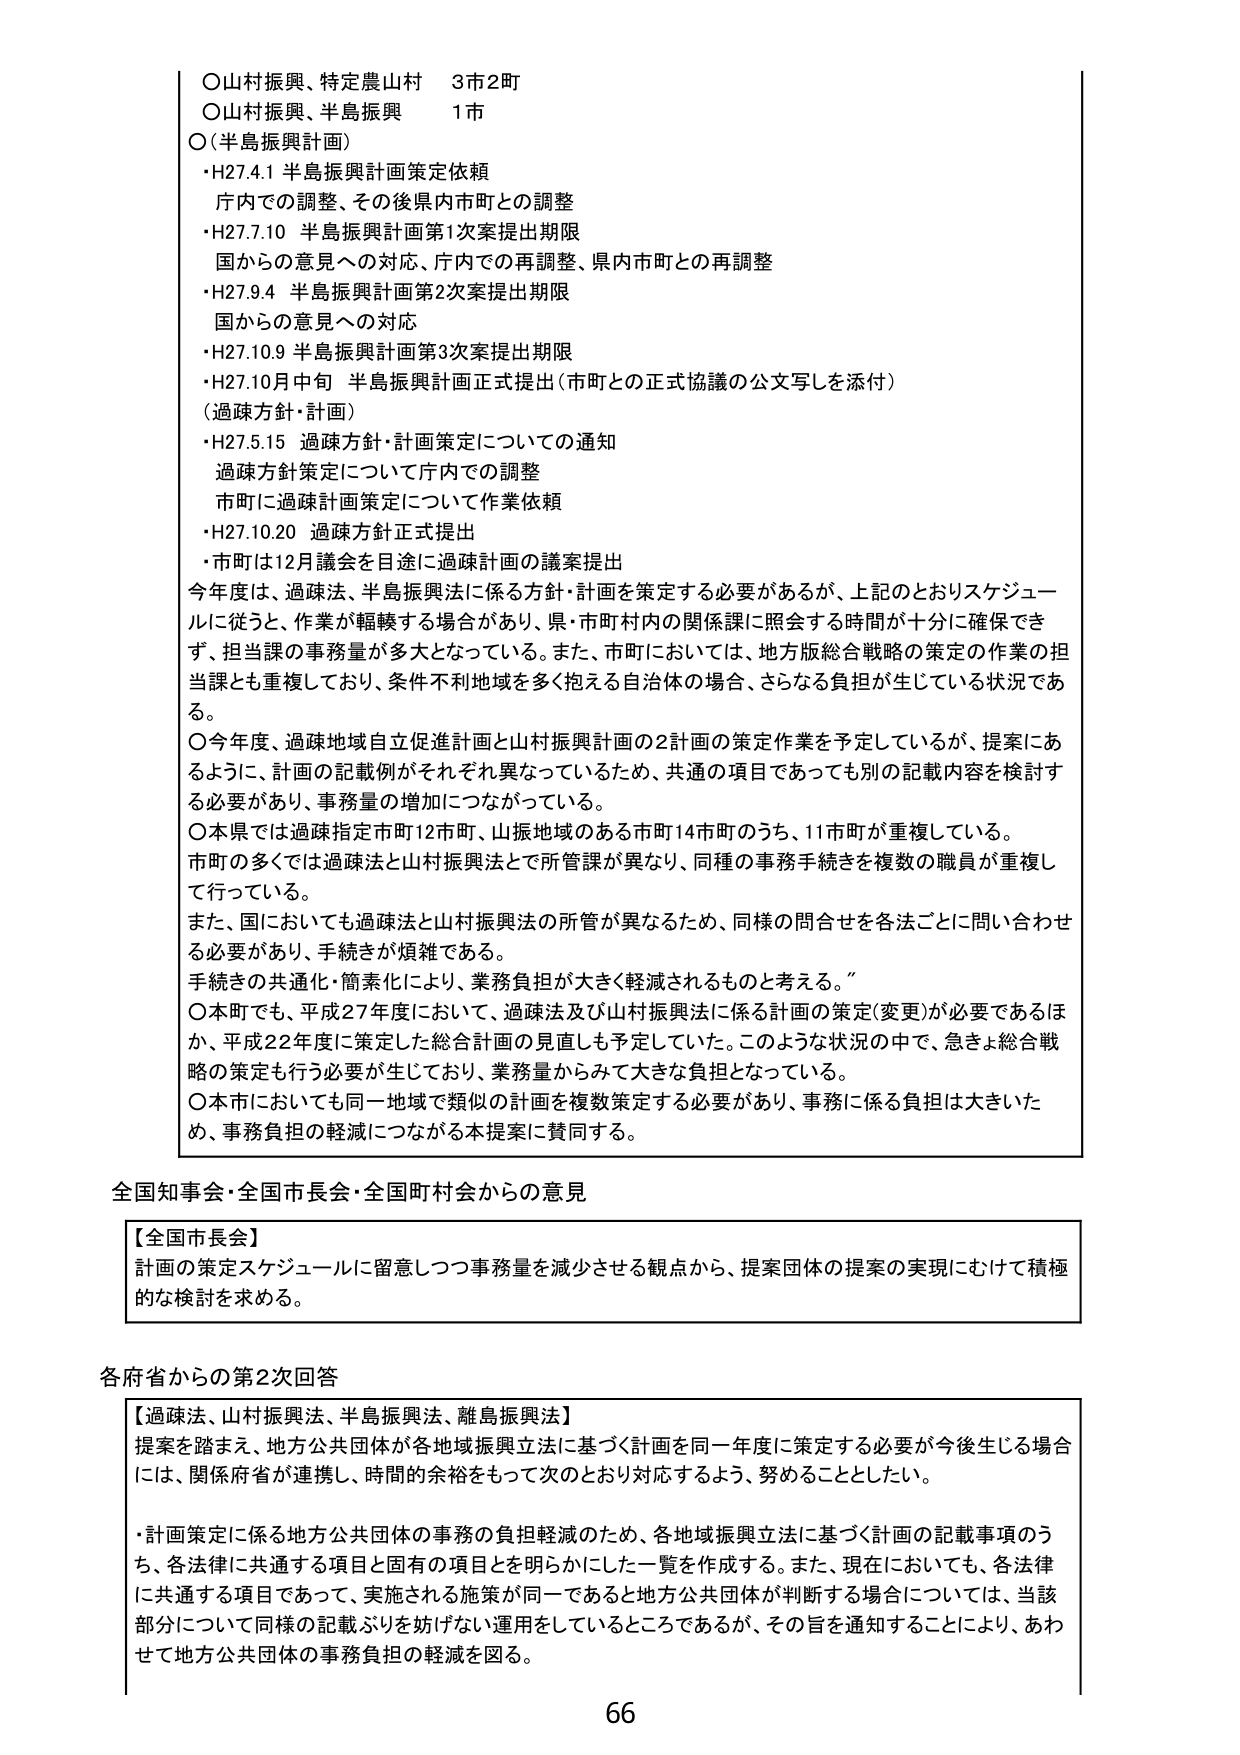
○山村振興、特定農山村　3市2町
○山村振興、半島振興　1市
○（半島振興計画）
・H27.4.1 半島振興計画策定依頼
　庁内での調整、その後県内市町との調整
・H27.7.10 半島振興計画第1次案提出期限
　国からの意見への対応、庁内での再調整、県内市町との再調整
・H27.9.4 半島振興計画第2次案提出期限
　国からの意見への対応
・H27.10.9 半島振興計画第3次案提出期限
・H27.10月中旬 半島振興計画正式提出（市町との正式協議の公文写しを添付）
（過疎方針・計画）
・H27.5.15 過疎方針・計画策定についての通知
　過疎方針策定について庁内での調整
　市町に過疎計画策定について作業依頼
・H27.10.20 過疎方針正式提出
　・市町は12月議会を目途に過疎計画の議案提出

今年度は、過疎法、半島振興法に係る方針・計画を策定する必要があるが、上記のとおりスケジュールに従うと、作業が輻輳する場合があり、県・市町村内の関係課に照会する時間が十分に確保できず、担当課の事務量が多大となっている。また、市町においては、地方版総合戦略の策定の作業の担当課とも重複しており、条件不利地域を多く抱える自治体の場合、さらなる負担が生じている状況である。

○今年度、過疎地域自立促進計画と山村振興計画の2計画の策定作業を予定しているが、提案にあるように、計画の記載例がそれぞれ異なっているため、共通の項目であっても別の記載内容を検討する必要があり、事務量の増加につながっている。

○本県では過疎指定市町12市町、山振地域のある市町14市町のうち、11市町が重複している。
市町の多くでは過疎法と山村振興法とで所管課が異なり、同種の事務手続きを複数の職員が重複して行っている。

また、国においても過疎法と山村振興法の所管が異なるため、同様の問合せを各法ごとに問い合わせる必要があり、手続きが煩雑である。
手続きの共通化・簡素化により、業務負担が大きく軽減されるものと考える。

○本町でも、平成27年度において、過疎法及び山村振興法に係る計画の策定（変更）が必要であるほか、平成22年度に策定した総合計画の見直しも予定していた。このような状況の中で、急きょ総合戦略の策定も行う必要が生じており、業務量からみて大きな負担となっている。

○本市においても同一地域で類似の計画を複数策定する必要があり、事務に係る負担は大きいため、事務負担の軽減につながる本提案に賛同する。

全国知事会・全国市長会・全国町村会からの意見

【全国市長会】
計画の策定スケジュールに留意しつつ事務量を減少させる観点から、提案団体の提案の実現にむけて積極的な検討を求める。

各府省からの第2次回答

【過疎法、山村振興法、半島振興法、離島振興法】
提案を踏まえ、地方公共団体が各地域振興立法に基づく計画を同一年度に策定する必要が今後生じる場合には、関係府省が連携し、時間の余裕をもって次のとおり対応するよう、努めることとしたい。

・計画策定に係る地方公共団体の事務の負担軽減のため、各地域振興立法に基づく計画の記載事項のうち、各法律に共通する項目と固有の項目を明らかにした一覧を作成する。また、現在においても、各法律に共通する項目であって、実施される施策が同一であると地方公共団体が判断する場合については、当該部分について同様の記載ぶりを妨げない運用をしているところであるが、その旨を通知することにより、あわせて地方公共団体の事務負担の軽減を図る。

66